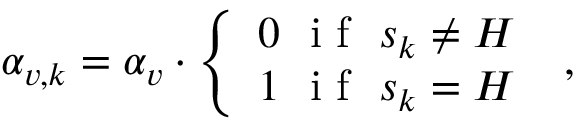
\alpha _ { v , k } = \alpha _ { v } \cdot \left\{ \begin{array} { l l } { 0 \ \mathrm { ~ i ~ f ~ } \ s _ { k } \neq H } \\ { 1 \ \mathrm { ~ i ~ f ~ } \ s _ { k } = H } \end{array} \right. \ ,